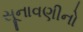
સૂનાવણીનો